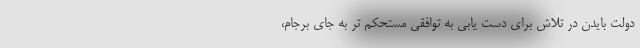
دولت بایدن در تلاش برای دست یابی به توافقی مستحکم تر به جای برجام،